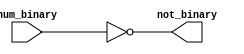
module not_module(input wire [31:0] num_binary, output reg [31:0] not_binary);

	always @(*) begin
		not_binary = ~num_binary;		
	end

endmodule